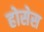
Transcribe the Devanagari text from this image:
होसेस